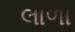
લાળા